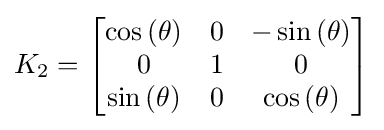
K_{2}={\begin{bmatrix}\cos {\left(\theta \right)}&0&-\sin {\left(\theta \right)}\\0&1&0\\\sin {\left(\theta \right)}&0&\cos {\left(\theta \right)}\end{bmatrix}}